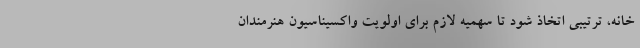
خانه، ترتیبی اتخاذ شود تا سهمیه لازم برای اولویت واکسیناسیون هنرمندان